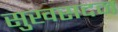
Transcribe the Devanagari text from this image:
सुखसदन